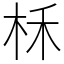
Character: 柇